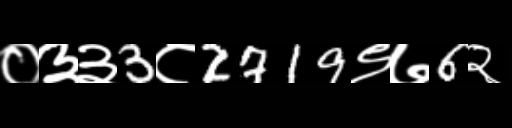
Text: ०३३3८2719९७6२